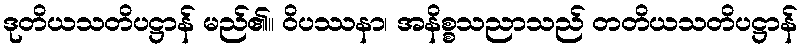
ဒုတိယသတိပဋ္ဌာန် မည်၏။ ဝိပဿနာ၊ အနိစ္စသညာသည် တတိယသတိပဋ္ဌာန်